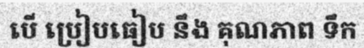
បើ ប្រៀបធៀប នឹង គុណភាព ទឹក